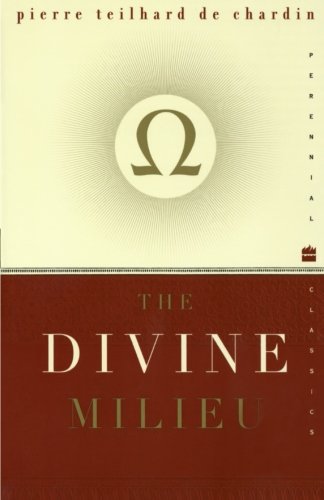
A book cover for The Divine Milieu (Perennial Classics); Pierre Teilhard de Chardin; Politics & Social Sciences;